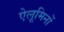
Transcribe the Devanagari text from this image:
ऐलूमिनों